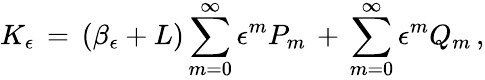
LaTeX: K_{\epsilon}\, =\, (\beta_{\epsilon}+L)\sum_{m=0}^{\infty}\epsilon^{m}P_{m}\, +\, \sum_{m=0}^{\infty}\epsilon^{m}Q_{m}\, ,